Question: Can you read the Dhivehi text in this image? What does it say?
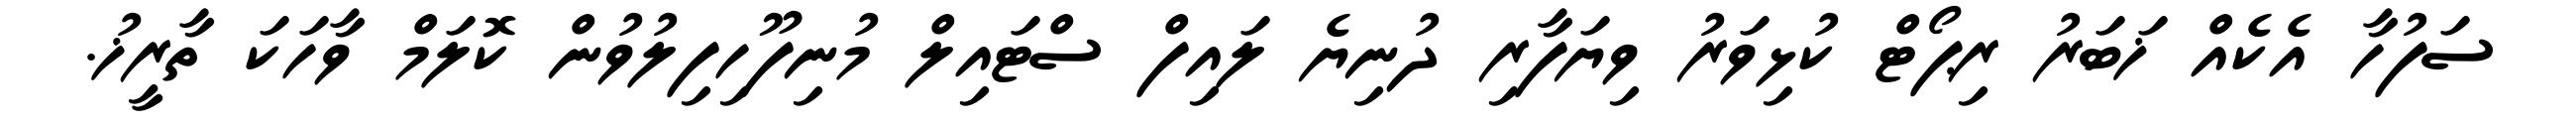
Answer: ސަފުހާ އެކެއް ޚަބަރު ރިޕޯޓް ކުޅިވަރު ވިޔަފާރި ދުނިޔެ ލައިފް ސްޓައިލް މުނިފޫހިފިލުވުން ކޮލަމް ވާހަކަ ތާރީޚު.